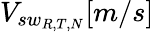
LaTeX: V_{sw_{R,T,N}}[m/s]